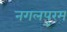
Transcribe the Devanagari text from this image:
नगलपुरम